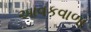
આવકવાળા